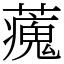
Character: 藱